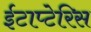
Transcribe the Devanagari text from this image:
ईटाप्टेरिस